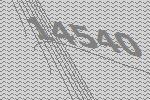
14540